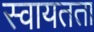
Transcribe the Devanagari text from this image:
स्‍वायतता